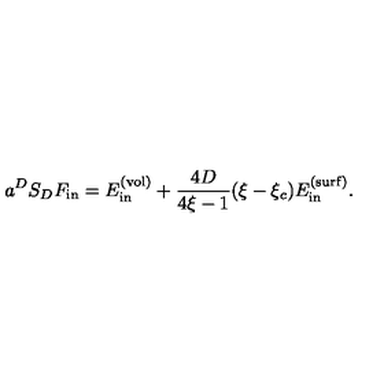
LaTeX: a ^ { D } S _ { D } F _ { \mathrm { i n } } = E _ { \mathrm { i n } } ^ { \mathrm { ( v o l ) } } + \frac { 4 D } { 4 \xi - 1 } ( \xi - \xi _ { c } ) E _ { \mathrm { i n } } ^ { \mathrm { ( s u r f ) } } .